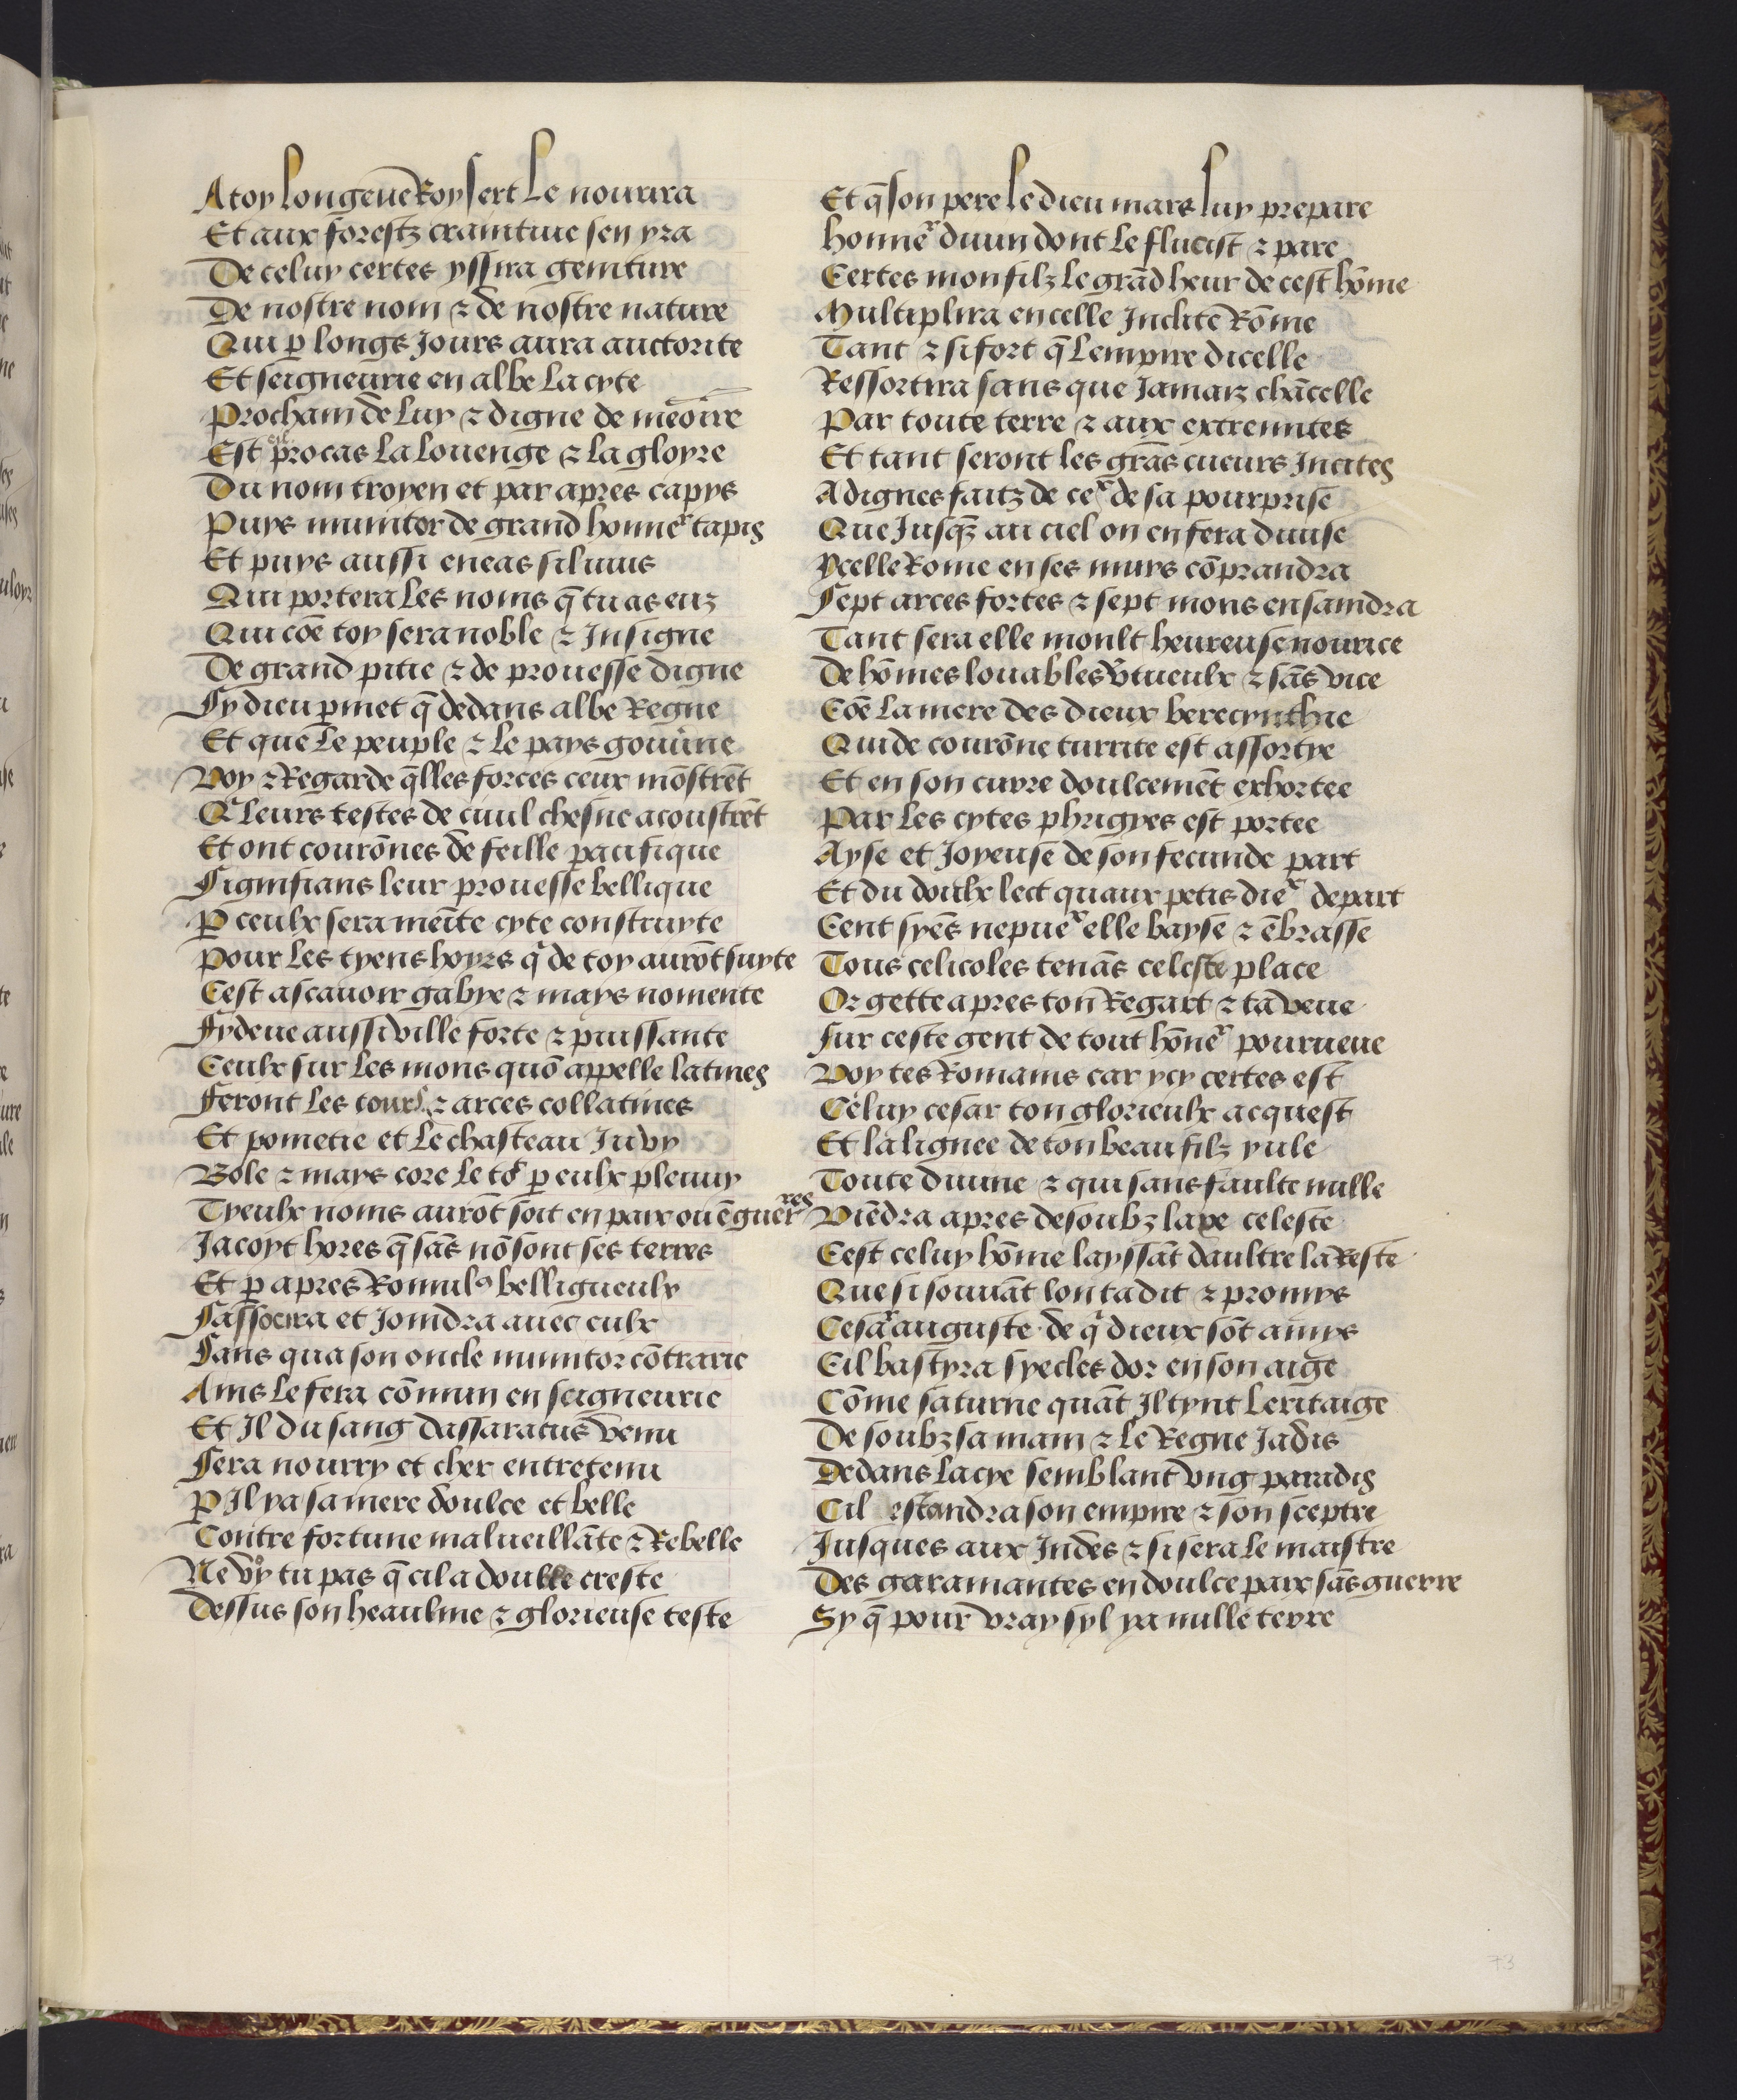
Shelfmark: Philadelphia, University of Pennsylvania, codex 909
Century: 15